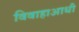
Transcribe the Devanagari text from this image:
विवाहाआधी